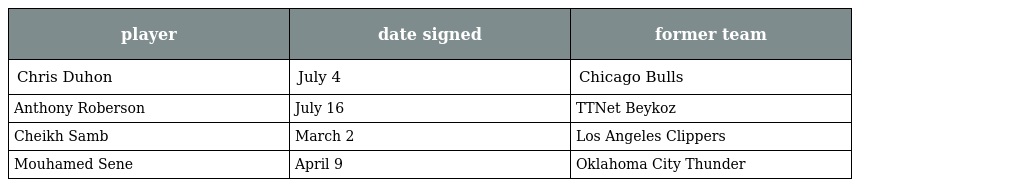
| player | date signed | former team |
 | --- | --- | --- |
 | Chris Duhon | July 4 | Chicago Bulls |
 | Anthony Roberson | July 16 | TTNet Beykoz |
 | Cheikh Samb | March 2 | Los Angeles Clippers |
 | Mouhamed Sene | April 9 | Oklahoma City Thunder |